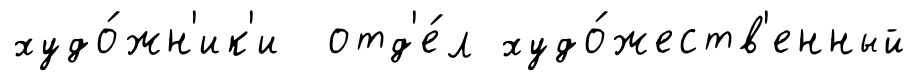
худо́жн'ик'и отд'е́л худо́жеств'енный